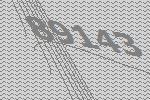
89143